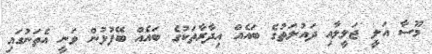
މޫސާ އަލީ ޖަލީލާއި ދައުލަތުގެ ބައެއް އިދާރާތަކުގެ ބައެއް ބޭފުޅުން ވަނީ އެތަނުގައި